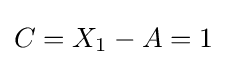
C=X_{1}-A=1